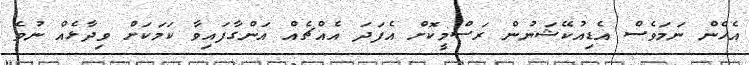
އެހެން ނަމަވެސް އެޑިއުކޭޝަނުން ރަސްމީކޮށް އެފަދަ އެއްޗެއް އަންގާފައިވާ ކަމަކަށް ވިދާޅެއް ނުވެ